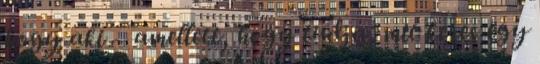
hogy aki – amellett, hogy tudja, mit keres egy